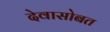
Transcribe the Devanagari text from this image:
देवासोबत